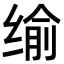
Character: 𦈕